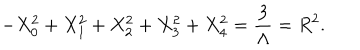
- X _ { 0 } ^ { 2 } + X _ { 1 } ^ { 2 } + X _ { 2 } ^ { 2 } + X _ { 3 } ^ { 2 } + X _ { 4 } ^ { 2 } = \frac { 3 } { \Lambda } = R ^ { 2 } .